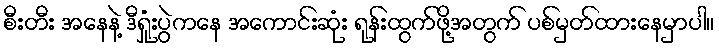
စီးတီး အနေနဲ့ ဒီရှုံးပွဲကနေ အကောင်းဆုံး ရုန်းထွက်ဖို့အတွက် ပစ်မှတ်ထားနေမှာပါ။